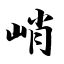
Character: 峭